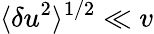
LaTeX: \langle\delta u^{2}\rangle^{1/2}\ll v